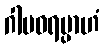
ဂါမဝရမ္ပာဟံ